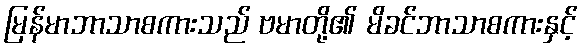
မြန်မာဘာသာစကားသည် ဗမာတို့၏ မိခင်ဘာသာစကားနှင့်